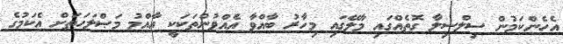
އެހެންކަމުން ސިލްސިލާ ގޮތެއްގައި މާލޭގައި މިހާރު ބާއްވާ އެއްވުންތަކަކީ އާއްމު މަޞްލަހަތަށް އެކަމުގެ